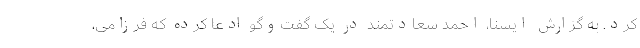
کرد. به گزارش ایسنا، احمد سعادتمند در یک گفت‌وگو ادعا کرده که فرزامی،